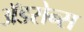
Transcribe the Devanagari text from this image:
ॲडसेन्स